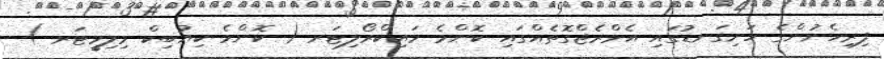
ފިރިހެނުންގެ ހަށިގަނޑުގައި އެވްރެޖްގޮތެއްގައި ކޮންމެ މައިކްރޯލިޓަރ ( ކޮންމެ ކިއުބިކް މިލިމީޓަރ )